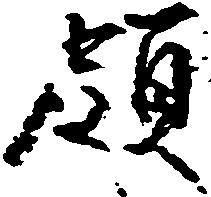
領